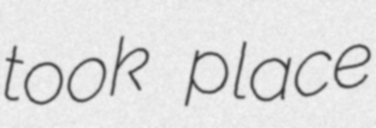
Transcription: took place